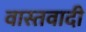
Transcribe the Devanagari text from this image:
वास्तवादी